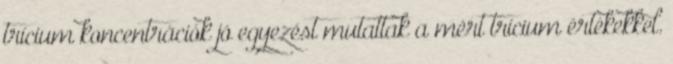
trícium koncentrációk jó egyezést mutattak a mért trícium értékekkel.